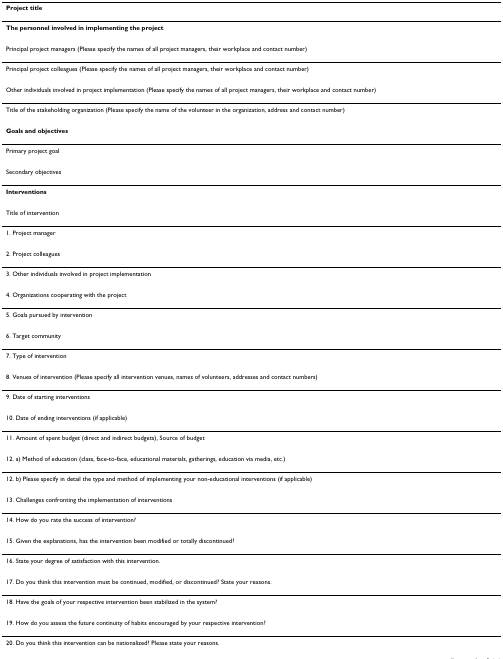
<table><thead><tr><td><b>Project title</b></td></tr></thead><tbody><tr><td><b>The personnel involved in implementing the project</b></td></tr><tr><td>Principal project managers (Please specify the names of all project managers, their workplace and contact number)</td></tr><tr><td>Principal project colleagues (Please specify the names of all project managers, their workplace and contact number)</td></tr><tr><td>Other individuals involved in project implementation (Please specify the names of all project managers, their workplace and contact number)</td></tr><tr><td>Title of the stakeholding organization (Please specify the name of the volunteer in the organization, address and contact number)</td></tr><tr><td><b>Goals and objectives</b></td></tr><tr><td>Primary project goal</td></tr><tr><td>Secondary objectives</td></tr><tr><td><b>Interventions</b></td></tr><tr><td>Title of intervention</td></tr><tr><td>1. Project manager</td></tr><tr><td>2. Project colleagues</td></tr><tr><td>3. Other individuals involved in project implementation</td></tr><tr><td>4. Organizations cooperating with the project</td></tr><tr><td>5. Goals pursued by intervention</td></tr><tr><td>6. Target community</td></tr><tr><td>7. Type of intervention</td></tr><tr><td>8. Venues of intervention (Please specify all intervention venues, names of volunteers, addresses and contact numbers)</td></tr><tr><td>9. Date of starting interventions</td></tr><tr><td>10. Date of ending interventions (if applicable)</td></tr><tr><td>11. Amount of spent budget (direct and indirect budgets), Source of budget</td></tr><tr><td>12. a) Method of education (class, face-to-face, educational materials, gatherings, education via media, etc.)</td></tr><tr><td>12. b) Please specify in detail the type and method of implementing your non-educational interventions (if applicable)</td></tr><tr><td>13. Challenges confronting the implementation of interventions</td></tr><tr><td>14. How do you rate the success of intervention?</td></tr><tr><td>15. Given the explanations, has the intervention been modified or totally discontinued?</td></tr><tr><td>16. State your degree of satisfaction with this intervention.</td></tr><tr><td>17. Do you think this intervention must be continued, modified, or discontinued? State your reasons.</td></tr><tr><td>18. Have the goals of your respective intervention been stabilized in the system?</td></tr><tr><td>19. How do you assess the future continuity of habits encouraged by your respective intervention?</td></tr><tr><td>20. Do you think this intervention can be nationalized? Please state your reasons.</td></tr></tbody></table>